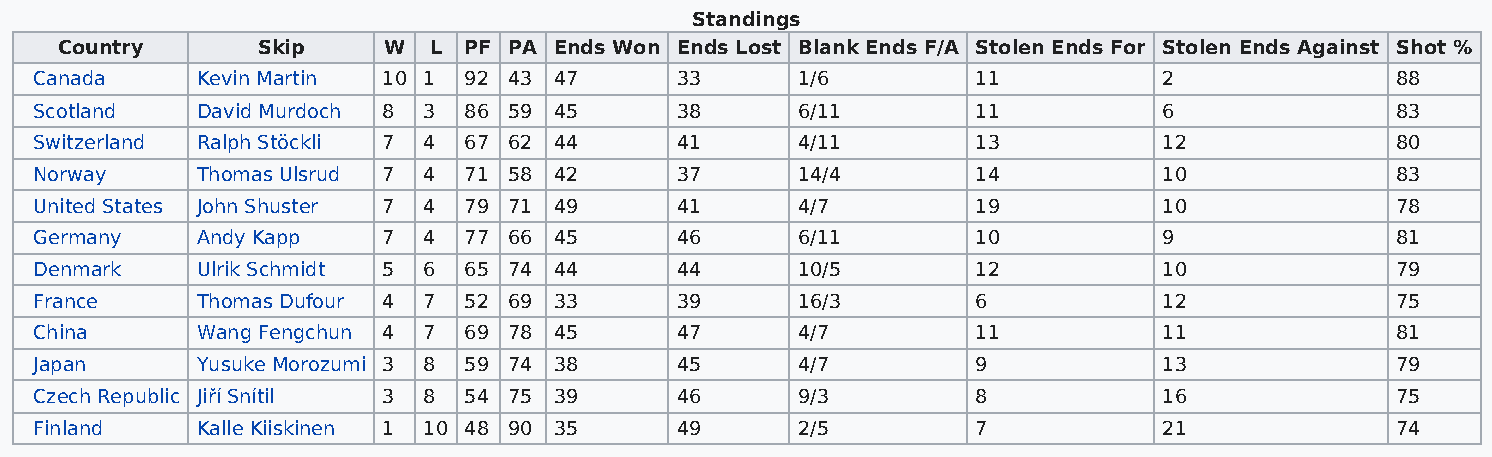
Standings
 Country      Skip    W  L  PF PA Ends Won Ends Lost Blank Ends F/A Stolen Ends For Stolen Ends Against Shot %
 Canada     Kevin Martin 10 1 92 43 47      33      1/6         11          2              88
 Scotland   David Murdoch 8 3 86 59 45      38      6/11        11          6              83
 Switzerland Ralph Stöckli 7 4 67 62 44     41      4/11        13          12             80
 Norway     Thomas Ulsrud 7 4 71 58 42      37      14/4        14          10             83
 United States John Shuster 7 4 79 71 49    41      4/7         19          10             78
 Germany    Andy Kapp   7  4  77 66 45      46      6/11        10          9              81
 Denmark    Ulrik Schmidt 5 6 65 74 44      44      10/5        12          10             79
 France     Thomas Dufour 4 7 52 69 33      39      16/3        6           12             75
 China      Wang Fengchun 4 7 69 78 45      47      4/7         11          11             81
 Japan      Yusuke Morozumi 3 8 59 74 38    45      4/7         9           13             79
 Czech Republic Jiří Snítil 3 8 54 75 39    46      9/3         8           16             75
 Finland    Kalle Kiiskinen 1 10 48 90 35   49      2/5         7           21             74